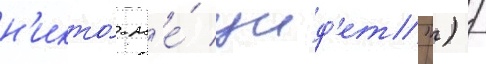
н'икто́ н'е́ уид'ет") /